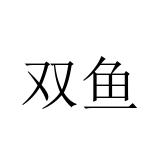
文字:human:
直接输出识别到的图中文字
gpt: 双鱼